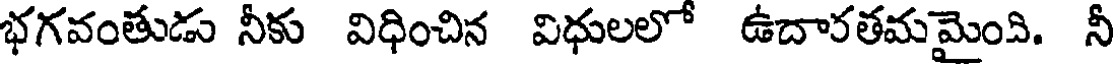
భగవంతుడు నీకు విధించిన విధులలో ఉదారతమమైంది. నీ